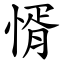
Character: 㥠